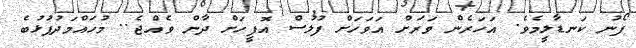
ފޯނު ކަނޑާލީމެވެ. އަހަރެން ވަރަށް އަވަހަށް ފުލުސް އޮފީހަށް ދާން ވެއްޖެ.. މުހައްމަދުފުޅުބެ